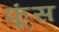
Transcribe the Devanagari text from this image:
फूंस